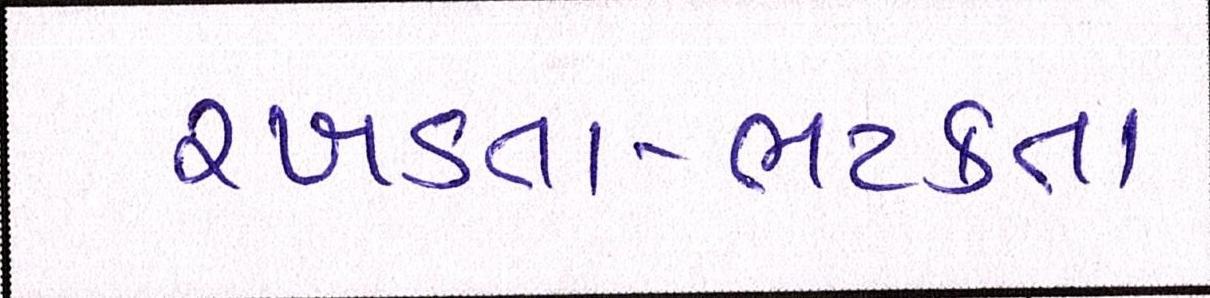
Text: રખડતા-ભટકતા